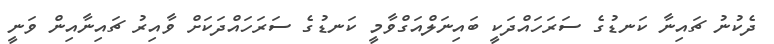
ދެކުނު ޗައިނާ ކަނޑުގެ ސަރަހައްދަކީ ބައިނަލްއަގްވާމީ ކަނޑުގެ ސަރަހައްދަކަށް ވާއިރު ޗައިނާއިން ވަނީ